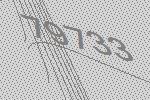
79733